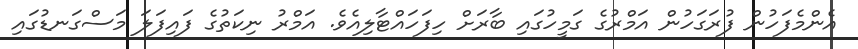
އެންމެފަހުން ފުރަގަހުން އަމްރުގެ ގަމީހުގައި ބާރަށް ހިފަހައްޓާލިއެވެ. އަމްރު ނިކަތުގެ ފައިފަލަ މަސްގަނޑުގައި